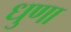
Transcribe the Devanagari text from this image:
धुणा